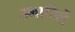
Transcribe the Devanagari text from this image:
उभारिलें